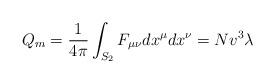
LaTeX: \begin{align*}Q_m = {1 \over 4\pi} \int_{S_2} F_{\mu\nu} dx^{\mu}dx^{\nu} = Nv^3\lambda\end{align*}